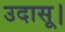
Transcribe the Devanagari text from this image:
उदासू।